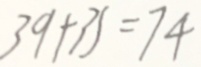
3 9 + 3 5 = 7 4